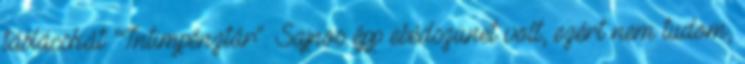
táblácskát: "Intimpénztár". Sajnos épp ebédszünet volt, ezért nem tudom,